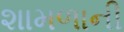
શામળાની